Calcutta medical institutions reports 1892-1900
Year: 1892
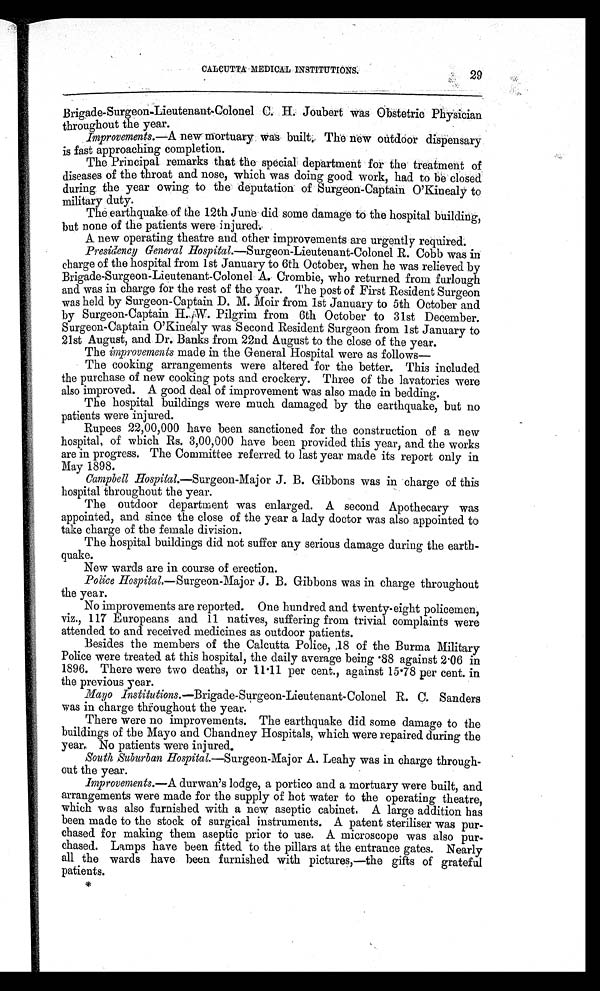
CALCUTTA MEDICAL INSTITUTIONS.
29
Brigade-SurgeonZieuten aut-Colonel 0. II., Joubert was Obstetric Physician
throughou t the year.
Improvements.—A new mortuary was built.. The new outdoor dispensary
is fast approaching completion.
The Principal remarks that the special department for the treatment of
diseases of the throat and nose, which was doing good work, had to be' closed
during the year owing to the deputation' of Surgeon-Captain O'Kinealy to
military duty.
The earthquake of the 12th June did some damage to the hospital building,
but none of the patients were injured.
A new operating theatre and other improvements are urgently required.
Presidency General Hospital.—Surgeon-Lieutenant-Colonel R. Cobb was in
charge of the hospital from 1st January to 6th October, when he was relieved by
Brigade-Surgeon-Lieutenant-Colonel A. Crombie, who returned from furlough
and was in charge for the rest of the year. The post of First Resident Surgeon
was held by Surgeon-Captain D. M. Moir from 1st January to 5th October and
by Surgeon-Captain Pilgrim from 6th October to 31st December.
Surgeon-Captain O'Kinealy was Second Resident Surgeon from 1st January to
21st August, and Dr. Banks from 22nd August to the close of the year.
The improvements made in the General Hospital were as follows
The cooking arrangements were altered for the better. This included
the purchase of new cooking pots and crockery. Three of the lavatories were
also improved. A good deal of improvement was also made in bedding.
The hospital buildings were much damaged by the earthquake, but no
patients were injured.
Rupees 22,00,000 have been sanctioned for the construction of a new
hospital, of which Rs. 3,00,000 have been provided this year, and the works
are in progress. The Committee referred to last year made its report only in
May 1898.
Campbell Hospital.—Surgeon-Major J. B. Gibbons was in charge of this
hospital throughout the year.
The outdoor department was enlarged. A second Apothecary was
appointed, and since the close of the year a lady doctor was also appointed to
take charge of the female division.
The hospital buildings did not suffer any serious damage during the earth-
quake.
New wards are in course of erection.
Police Hospital.--Surgeon-Major J. B. Gibbons was in. charge throughout
the year.
No improvements are reported. One hundred and twenty-eight policemen,
viz., 117 Europeans and 11 natives, suffering from trivial complaints were
attended to and received medicines as outdoor patients.
Besides the members of the Calcutta Police, ,18 of the Burma Military
Police were treated at this hospital, the daily average being •88 against 2 .06 in
1896. There were two deaths, or 11 . 11 per cent., against 15°78 per cent. in
the previous year.
Mayo Institutions.—Brigade-Surgeon-Lieutenant-Colonel R. C. Sanders
was in charge throughout the year.
There were no improvements. The earthquake did some damage to the
buildings of the Mayo and Chandney Hospitals, which were repaired during the
year,. No patients were injured.
South Suburban Hospital.—Surgeon-Major A. Leahy was in charge through-
out the year.
Improvements.--A durwan's lodge, a portico and a mortuary were built, and
arrangements were made for the supply of hot water to the operating theatre,
which was also furnished with a new aseptic cabinet, A large addition has
been made to the stock of surgical instruments. A patent steriliser was pur-
chased for making them aseptic prior to use. A microscope was also pur-
chased. Lamps have been. fitted to the pillars at the entrance gates. Nearly
all the wards have been furnished with pictures,—the gifts of grateful
patients.
*